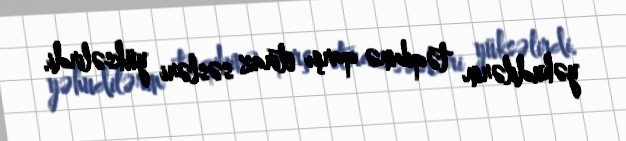
yəhudilərin təqibinə qarşı etiraz səsləri yüksəlirdi.